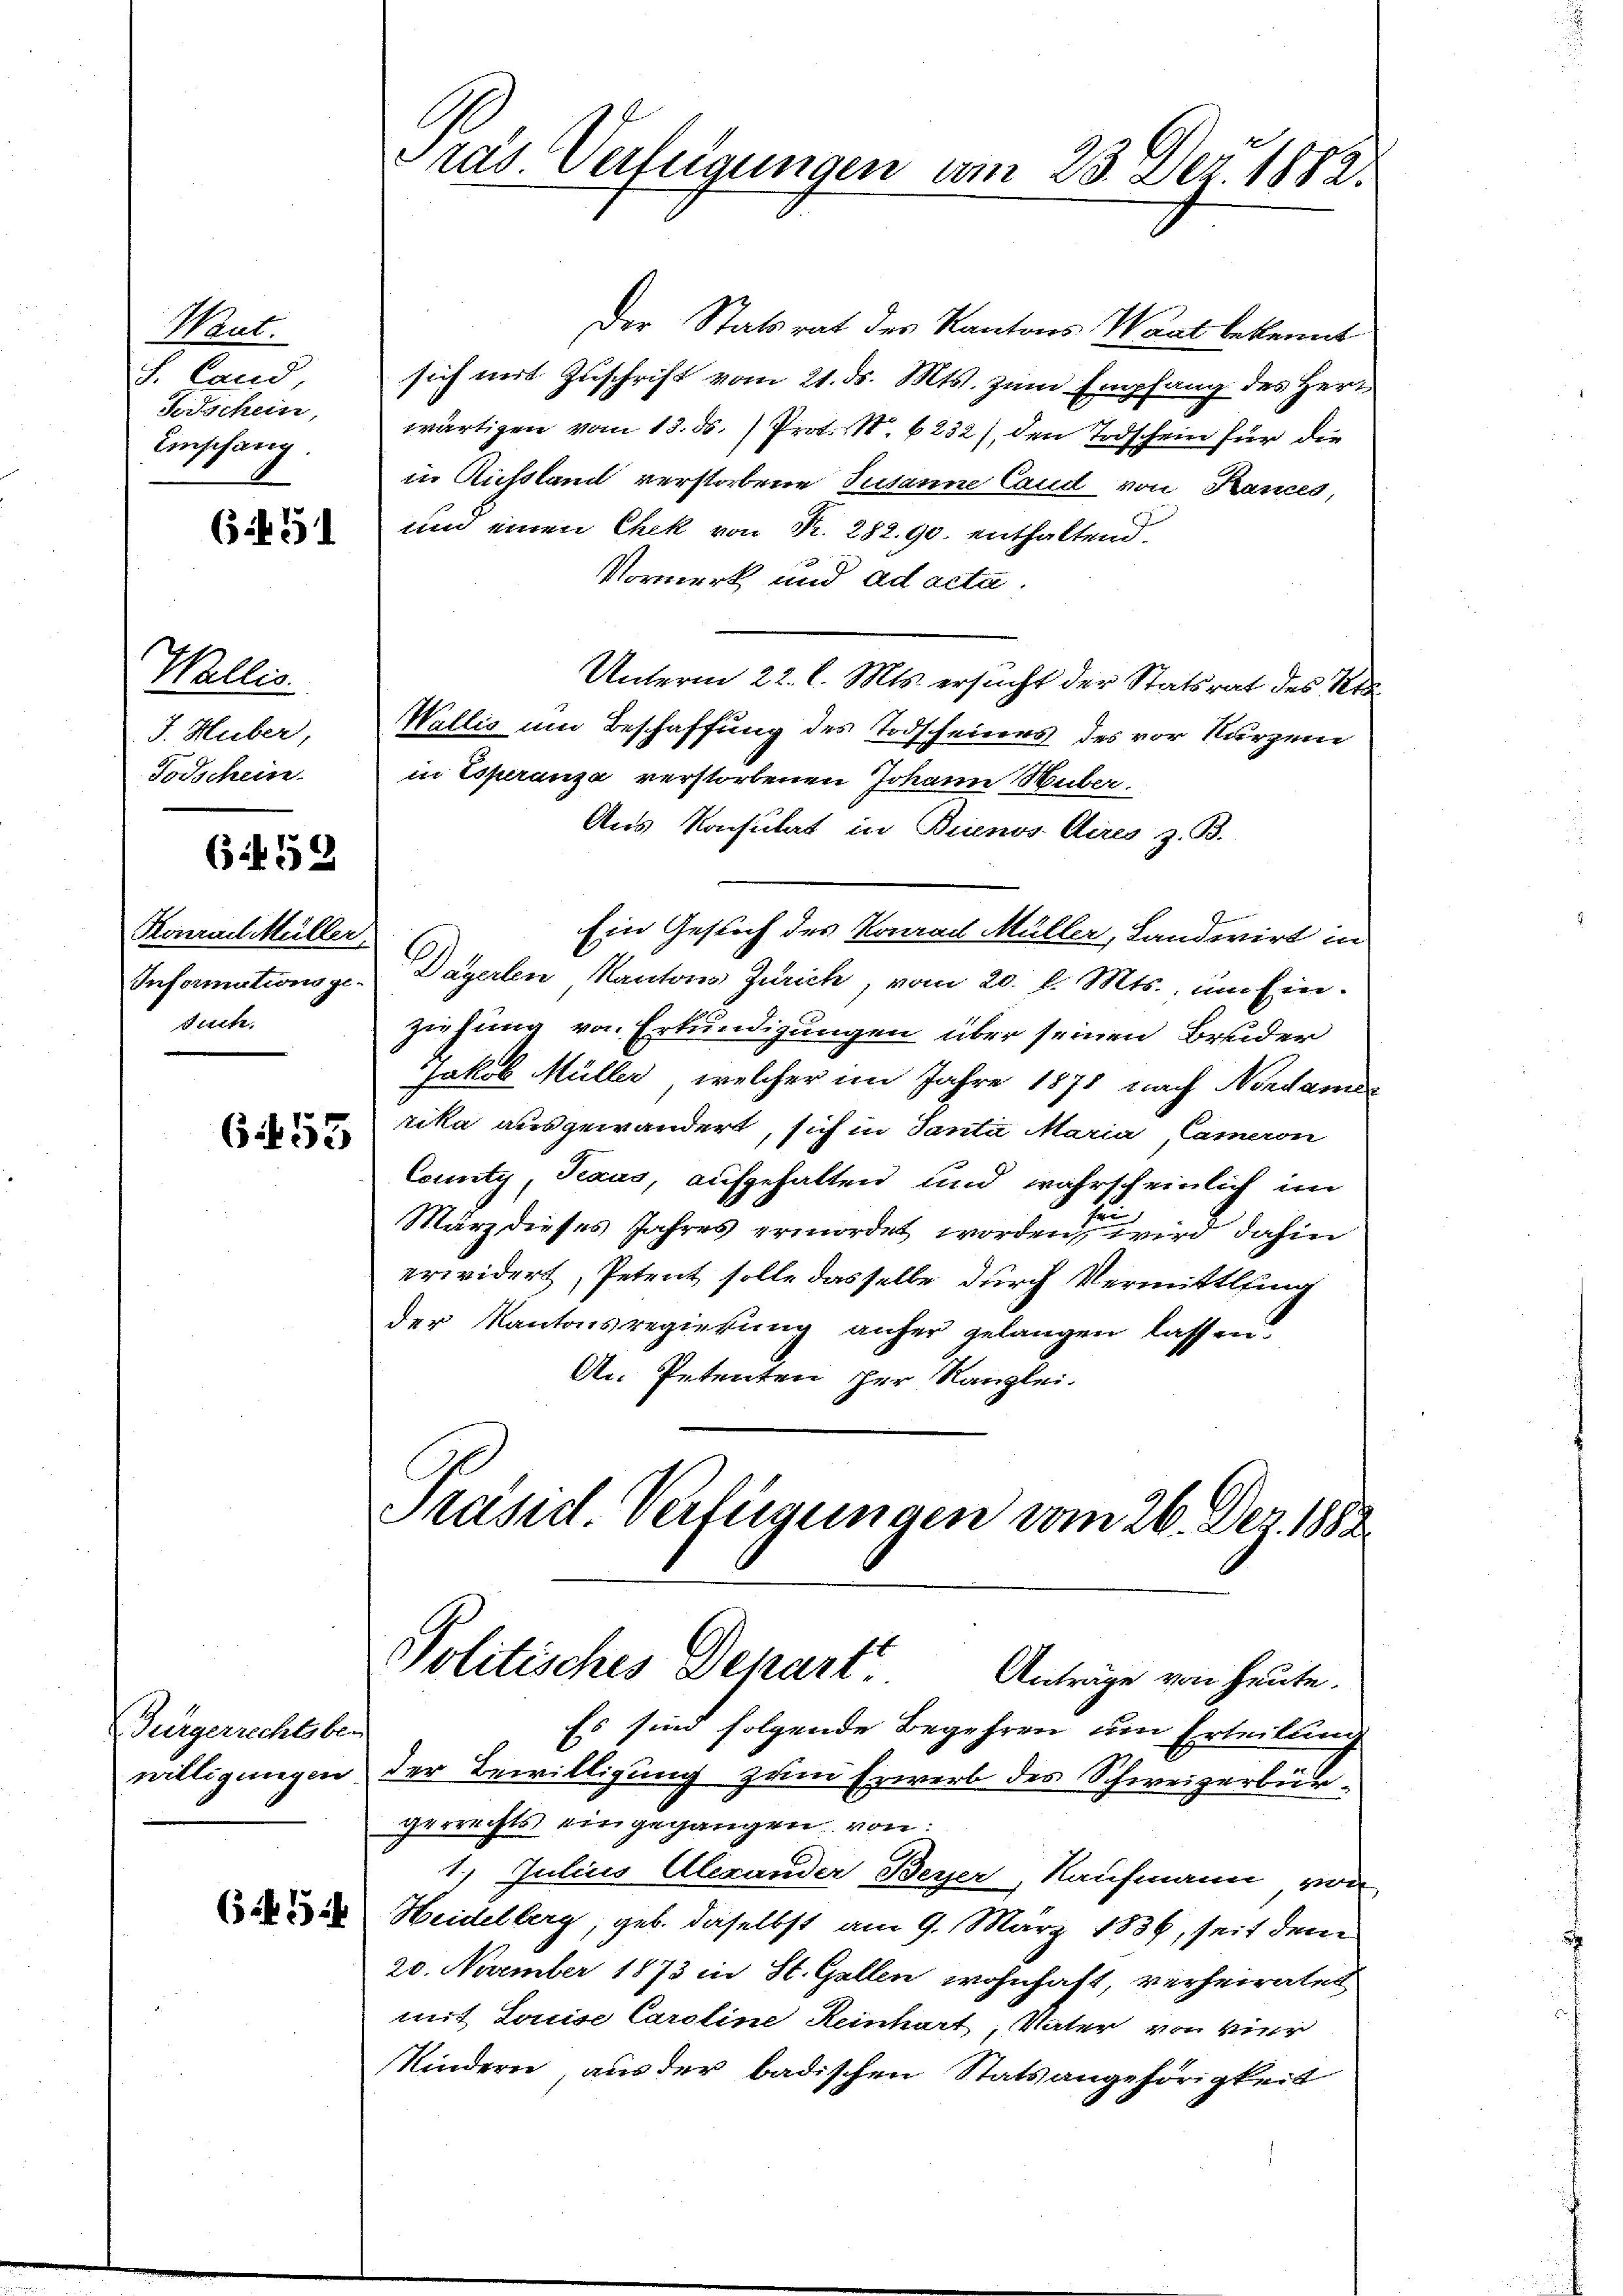
Mart.
S. Cand
Forschein,
Einschang

13 f. 51

Wallis
J. Huber,
Todschein.

6 f 52

Konrad Müller
Informations ge¬
Juch.

6455

Jürgerrechtsbei
willigungen

635. 53

Politisches Depart
Anträge von heute.

Es sind folgende Begehren um Erteilung
der Bewilligung zum Erwerb des Schweizerbür-
gerrechts ein gegangen von:
77 Julius Alexander Beyer, Kaufmann von
Heidelberg, geb. daselbst am 9. März 1836, seit dem
20. November 1873 in St. Gallen wohnhaft, verheiraten
mit Louise Caroline Reinhart, Vater von vier
Kindern aus der badischen Statsangehörigkeit

Tras Verfügungen vom 23. Dez. 1882.

Der Statsrat des Kantons Waat bekennt
sich mit Zuschrift vom 21. ds. Mts. zum Empfang des Herr
wärtigen vom 13. ds. Prot. S. 6232), den Todschein für die
in Richtland verstorbene Susann Cand von Kances,
und einen Chek von Fr. 282. 90. enthaltend.
Vormerk und ad acta
Unterm 22. l. Mts. ersucht der Statsrat des Nie
Wallis um Beschaffung des Todscheines des vor kurzen
in Esperanza verstorbenen Johann Huber.
Aus Rasulat in Buenos Aires z. B.
Ein Gesuch des Konach Müller, Landwirt in
Dägerten Kantons Zürich, vom 20. d. Mts., um Ein-
ziehung von Erkundigungen über seinen Bruder
Jakob Müller, welcher im Jahre 1878 nach Nordamer
rika ausgewandert, sich in Santa Maria Cameron
County, Pans, aufgehalten und wahrscheinlich im
März dieses Jahres ermordet worden, wird dahin
erwidert, Petent solle dasselbe durch Vermittlung
der Kantonsregierung anher gelangen lassen.
An Petenten her Ranzlei-
Aasid. Verfügungen vom 26. Dez. 1882